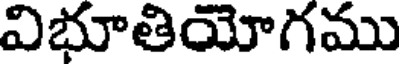
విభూతియోగము